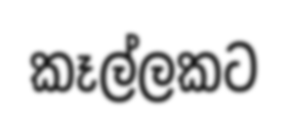
කෑල්ලකට